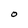
Character: O